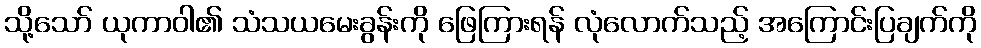
သို့သော် ယုကာဝါ၏ သံသယမေးခွန်းကို ဖြေကြားရန် လုံလောက်သည့် အကြောင်းပြချက်ကို